Senior Leaving Certificate Examination (including Day School Certificate (Higher) General paper), 1948
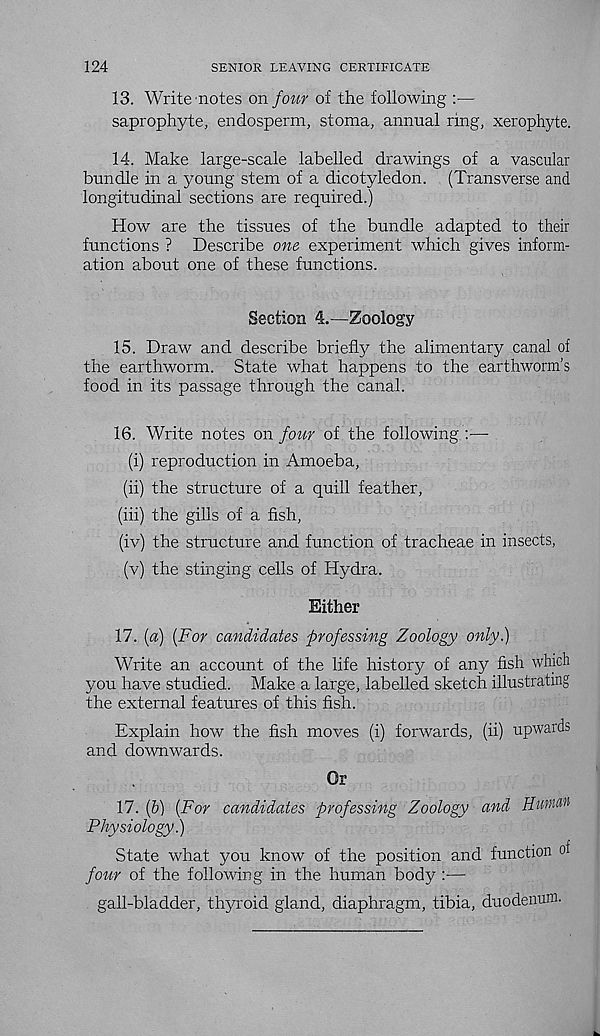
124
SENIOR LEAVING CERTIFICATE
13. Write notes on four of the following :—
saprophyte, endosperm, stoma, annual ring, xerophyte.
14. Make large-scale labelled drawings of a vascular
bundle in a young stem of a dicotyledon. (Transverse and
longitudinal sections are required.)
How are the tissues of the bundle adapted to their
functions ? Describe one experiment which gives inform-
ation about one of these functions.
Section 4.—Zoology
15. Draw and describe briefly the alimentary canal of
the earthworm. State what happens to the earthworm's
food in its passage through the canal.
16. Write notes on four of the following :—
(i) reproduction in Amoeba,
(ii) the structure of a quill feather,
(hi) the gills of a fish,
(iv) the structure and function of tracheae in insects,
(v) the stinging cells of Hydra.
Either
17. [a) [For candidates professing Zoology only.)
Write an account of the life history of any fish which
you have studied. Make a large, labelled sketch illustrating
the external features of this fish.
Explain how the fish moves (i) forwards, (ii) upwards
and downwards.
Or
17. (6) {For candidates professing Zoology and Human
Physiology.)
State what you know of the position and function of
four of the following in the human body :—
gall-bladder, thyroid gland, diaphragm, tibia, duodenum.